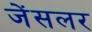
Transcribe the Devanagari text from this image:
जेंसलर